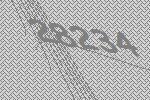
28234